EAOK_Sinod, lk 6
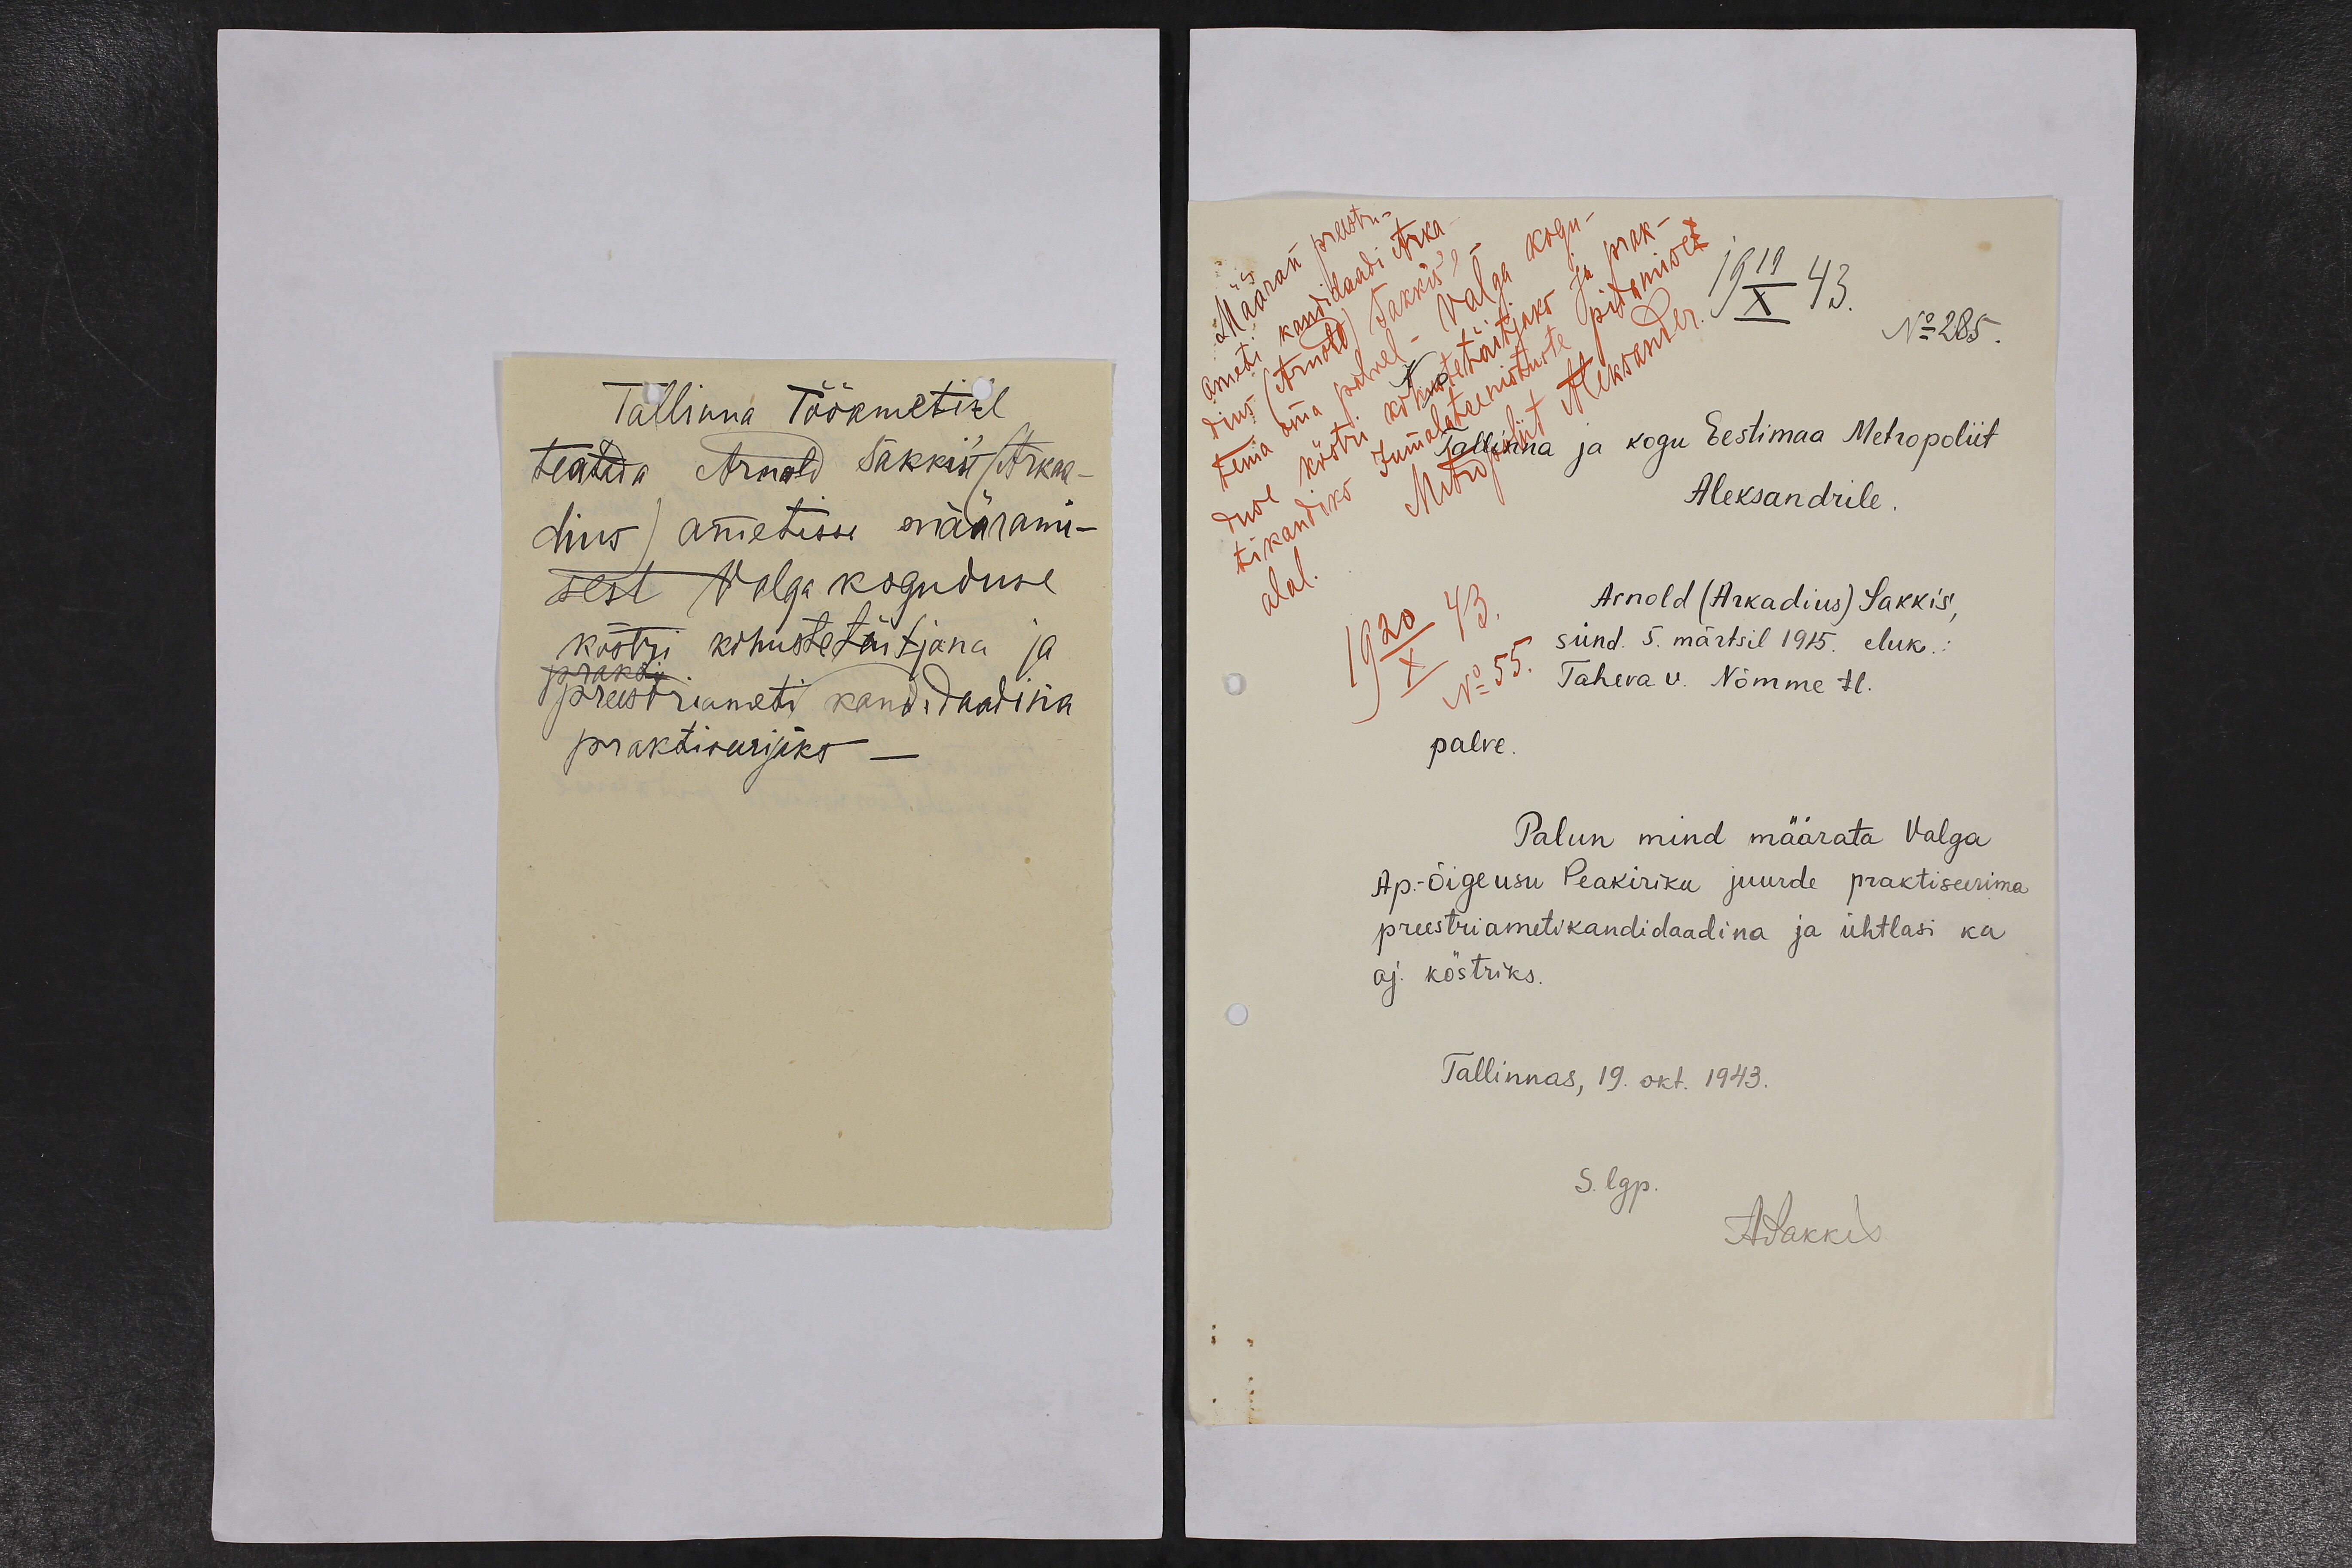
Tallinna Tööametile
teatada Arnold Säkkist (Arkaa-
dius) ametisse määrami-
sest Valga koguduse
köstri kohustetäitjana ja
preestriameti kandidaadina
praktiseerijaks

19 19/X 43.
No 285.
Tallinna ja kogu Eestimaa Metropoliit
Aleksandrile
Arnold (Arkadius) Sakkis,
sünd. 5. märtsil 1915. eluk.:
Taheva u. Nõmme tl.
palve.
Palun mind määrata Valga
Ap.-Õigeusu Peakiriku juurde praktiseerima
preestriametikandidaadina ja ühtlasi ka
aj. köstriks.
Tallinnas, 19. okt. 1943.
S. lgp.
ASakkis